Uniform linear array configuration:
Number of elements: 12
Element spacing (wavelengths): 0.75
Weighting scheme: cosine
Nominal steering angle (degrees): -15
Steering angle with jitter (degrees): -13.846
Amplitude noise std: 0.05
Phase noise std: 0.05

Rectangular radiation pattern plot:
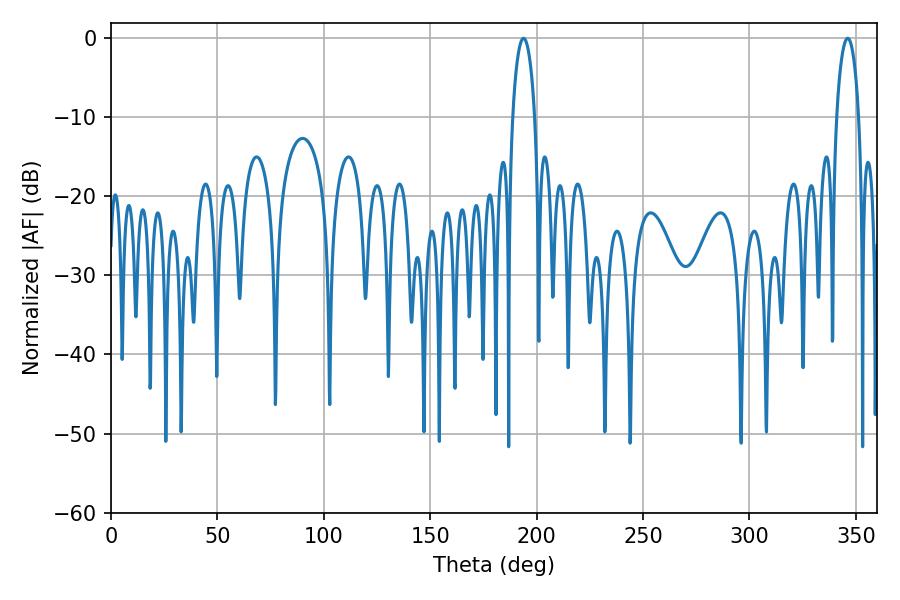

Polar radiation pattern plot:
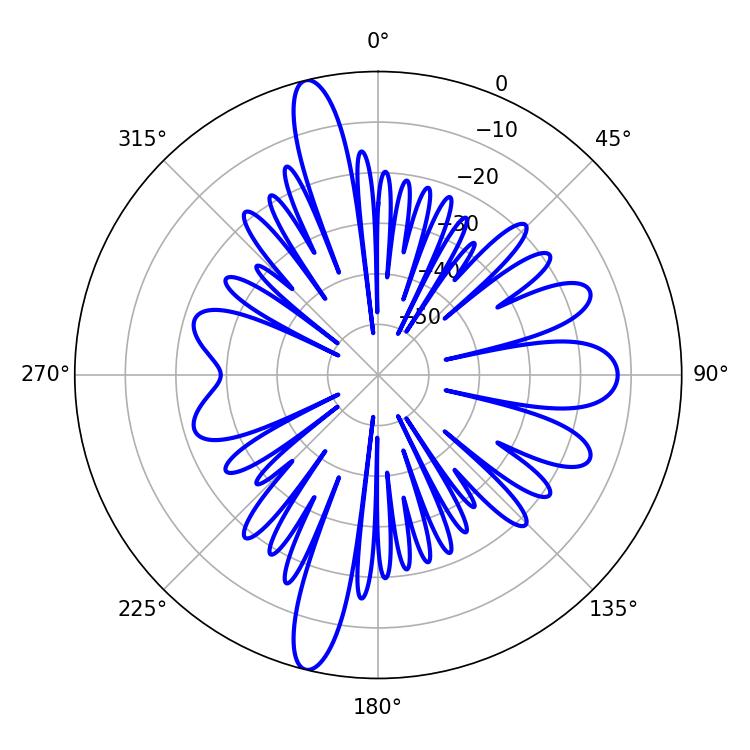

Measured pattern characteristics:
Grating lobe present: TRUE
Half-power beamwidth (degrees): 5.76
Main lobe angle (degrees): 193.86